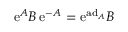
\ensuremath { \mathrm { e } } ^ { A } B \, \ensuremath { \mathrm { e } } ^ { - A } = \ensuremath { \mathrm { e } } ^ { \mathrm { a d } _ { A } } B